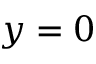
y = 0